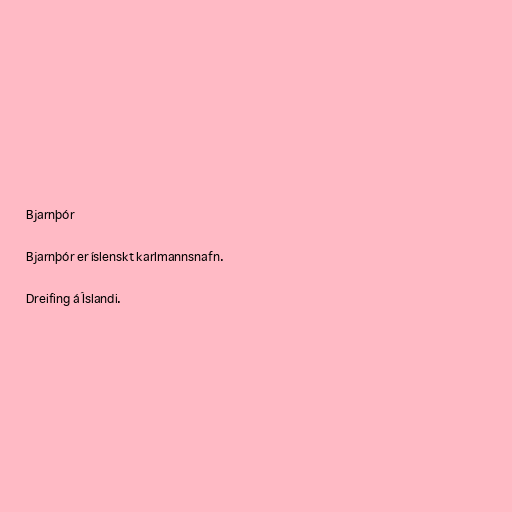
Bjarnþór

Bjarnþór er íslenskt karlmannsnafn.

Dreifing á Íslandi.